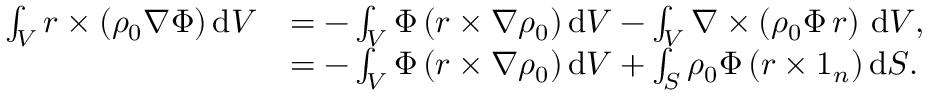
\begin{array} { r l } { \int _ { V } \boldsymbol { r } \times ( \rho _ { 0 } \nabla \Phi ) \, \mathrm { d } V } & { = - \int _ { V } \Phi \, ( \boldsymbol { r } \times \nabla \rho _ { 0 } ) \, \mathrm { d } V - \int _ { V } \nabla \times \left( \rho _ { 0 } \Phi \, \boldsymbol { r } \right) \, \mathrm { d } V , } \\ & { = - \int _ { V } \Phi \, ( \boldsymbol { r } \times \nabla \rho _ { 0 } ) \, \mathrm { d } V + \int _ { S } \rho _ { 0 } \Phi \, ( \boldsymbol { r } \times \boldsymbol { 1 } _ { n } ) \, \mathrm { d } S . } \end{array}